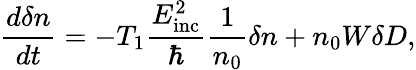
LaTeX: \frac{d\delta n}{dt}=-T_{1}\frac{E_{\mathrm{inc}}^{2}}{\hbar}\frac{1}{n_{0}}\delta n+n_{0}W\delta D,